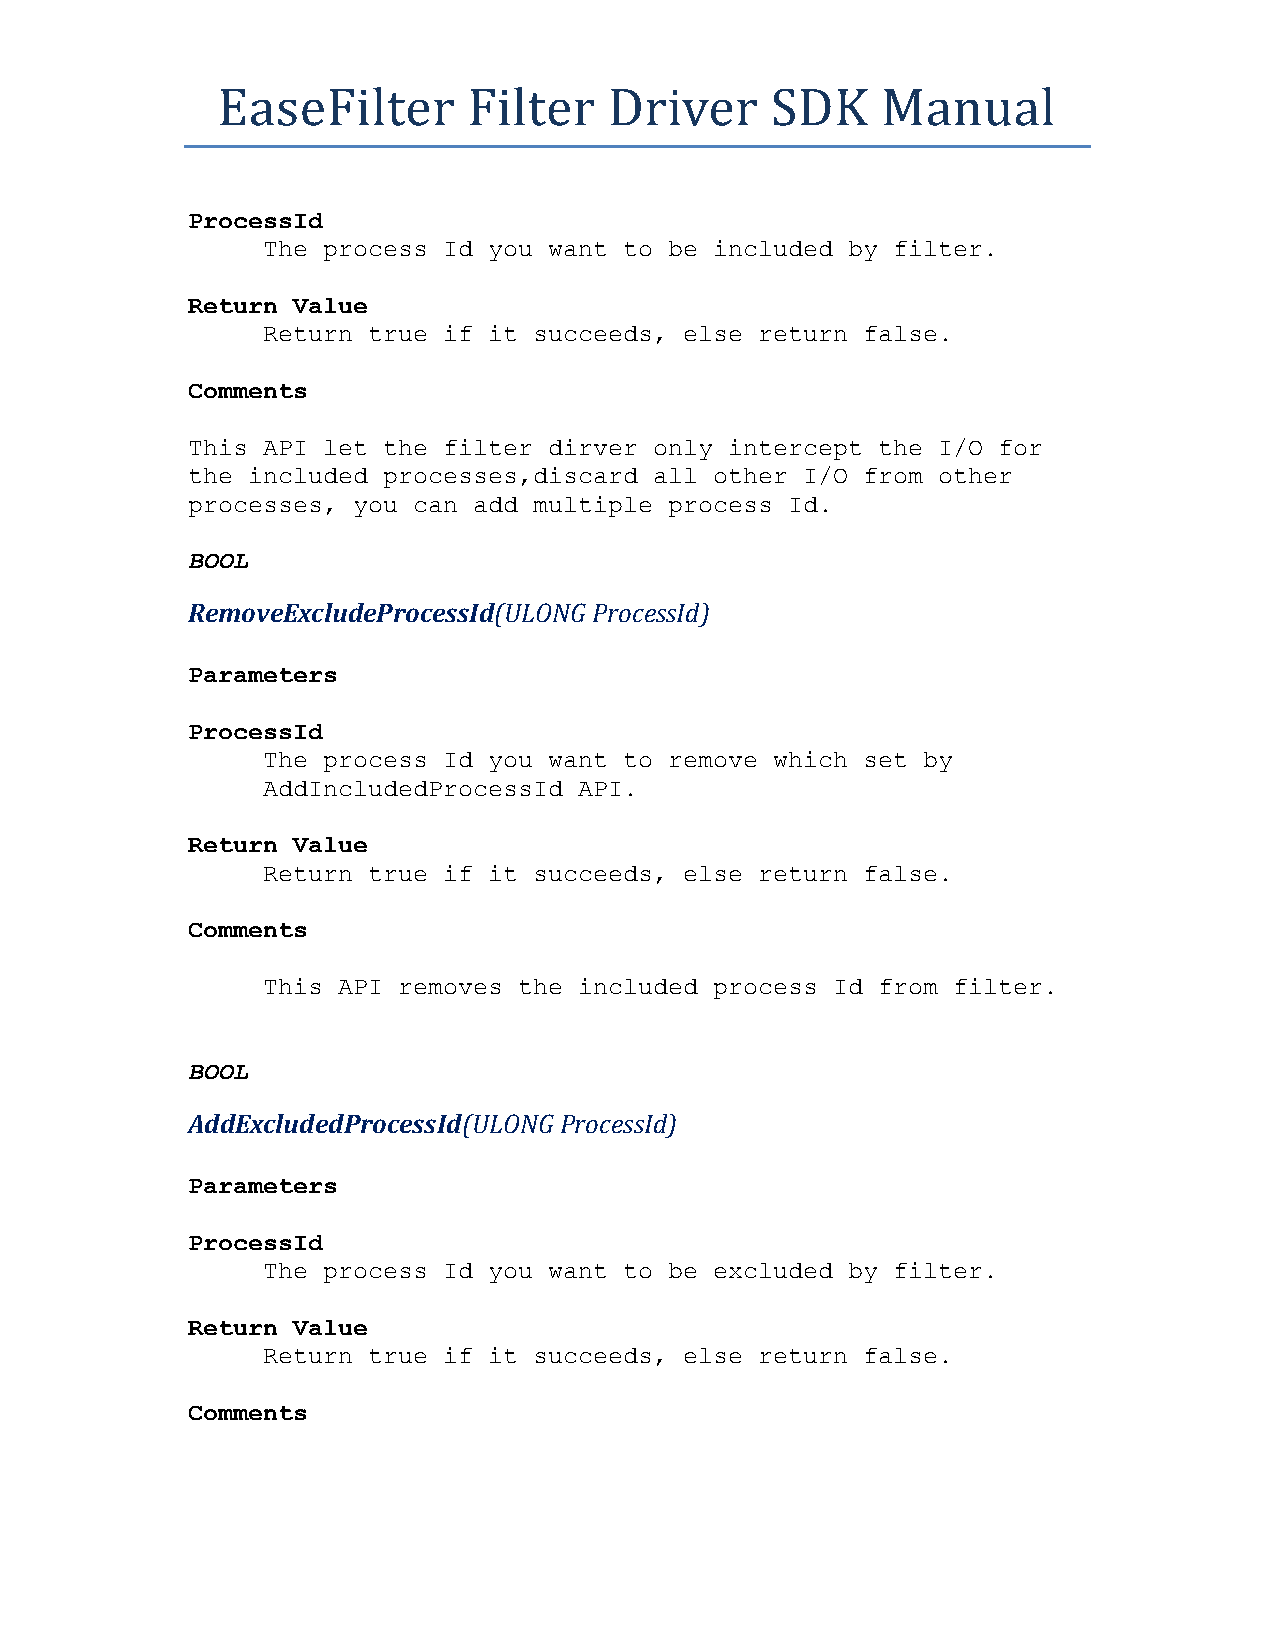
EaseFilter       Filter   Driver     SDK    Manual
 ProcessId
 The process Id you want to be included by filter.
 Return Value
 Return true if it succeeds, else return false.
 Comments
 This API let the filter dirver only intercept the I/O for
 the included processes,discard all other I/O from other
 processes, you can add multiple process Id.
 BOOL
 RemoveExcludeProcessId(ULONG ProcessId)
 Parameters
 ProcessId
 The process Id you want to remove which set by
 AddIncludedProcessId API.
 Return Value
 Return true if it succeeds, else return false.
 Comments
 This API removes the included process Id from filter.
 BOOL
 AddExcludedProcessId(ULONG ProcessId)
 Parameters
 ProcessId
 The process Id you want to be excluded by filter.
 Return Value
 Return true if it succeeds, else return false.
 Comments